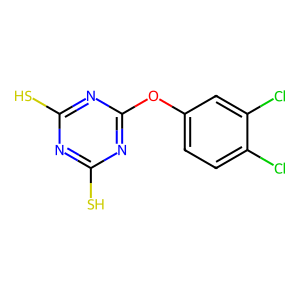
SMILES: Sc1nc(S)nc(Oc2ccc(Cl)c(Cl)c2)n1
Inhibits HIV replication: No